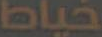
خياط